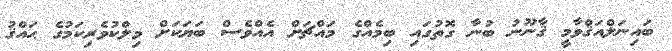
ބައިނަލްއަޤްވާމީ ޤާނޫނު ބުނާ ގޮތުގައި ބިމެއްގެ މައްޗަށް އެއްވެސް ބަޔަކަށް މިލްކުވެރިކަމުގެ ޙައްޤު